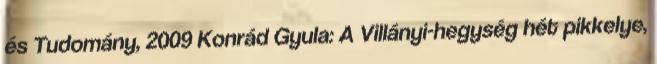
és Tudomány, 2009 Konrád Gyula: A Villányi-hegység hét pikkelye,